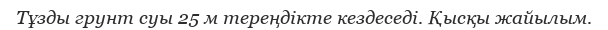
Тұзды грунт суы 25 м тереңдікте кездеседі. Қысқы жайылым.